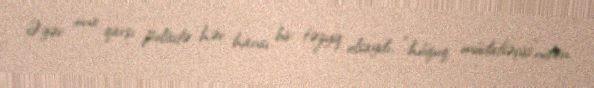
Əgər ona qarşı polisdə hər hansı bir təzyiq olsaydı, “hüquq müdafiəçisi”ndən